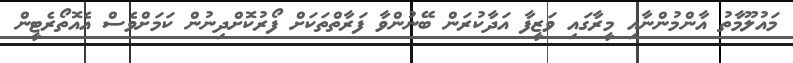
މައުލޫމާތު އާންމުންނާއި މީރާގައި ވަޒީފާ އަދާކުރަން ބޭނުންވާ ފަރާތްތަކަށް ފޯރުކޮށްދިނުން ކަމަށްވެސް އެއޮތޯރެޓީން